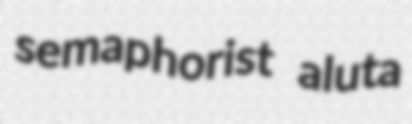
semaphorist aluta